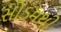
સોડમથી